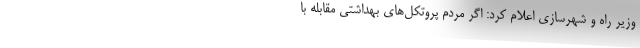
وزیر راه و شهرسازی اعلام کرد: اگر مردم پروتکل‌های بهداشتی مقابله با